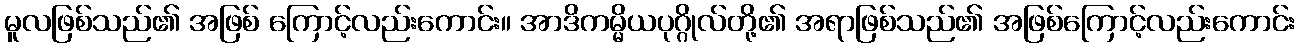
မူလဖြစ်သည်၏ အဖြစ် ကြောင့်လည်းကောင်း။ အာဒိကမ္မိယပုဂ္ဂိုလ်တို့၏ အရာဖြစ်သည်၏ အဖြစ်ကြောင့်လည်းကောင်း